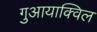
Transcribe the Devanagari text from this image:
गुआयाक्विल